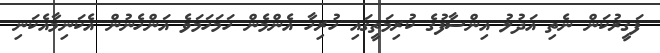
ފަގީރުކަން ނެތި އަދުލު އިންސާފުގެ ކުރިމަތީގައި ހުރިހާ އެންމެން ހަމަހަމަވެ އަންހެނުން އެކަނިމާއެކަނި